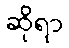
ဆိုရာ